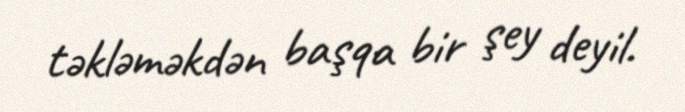
təkləməkdən başqa bir şey deyil.